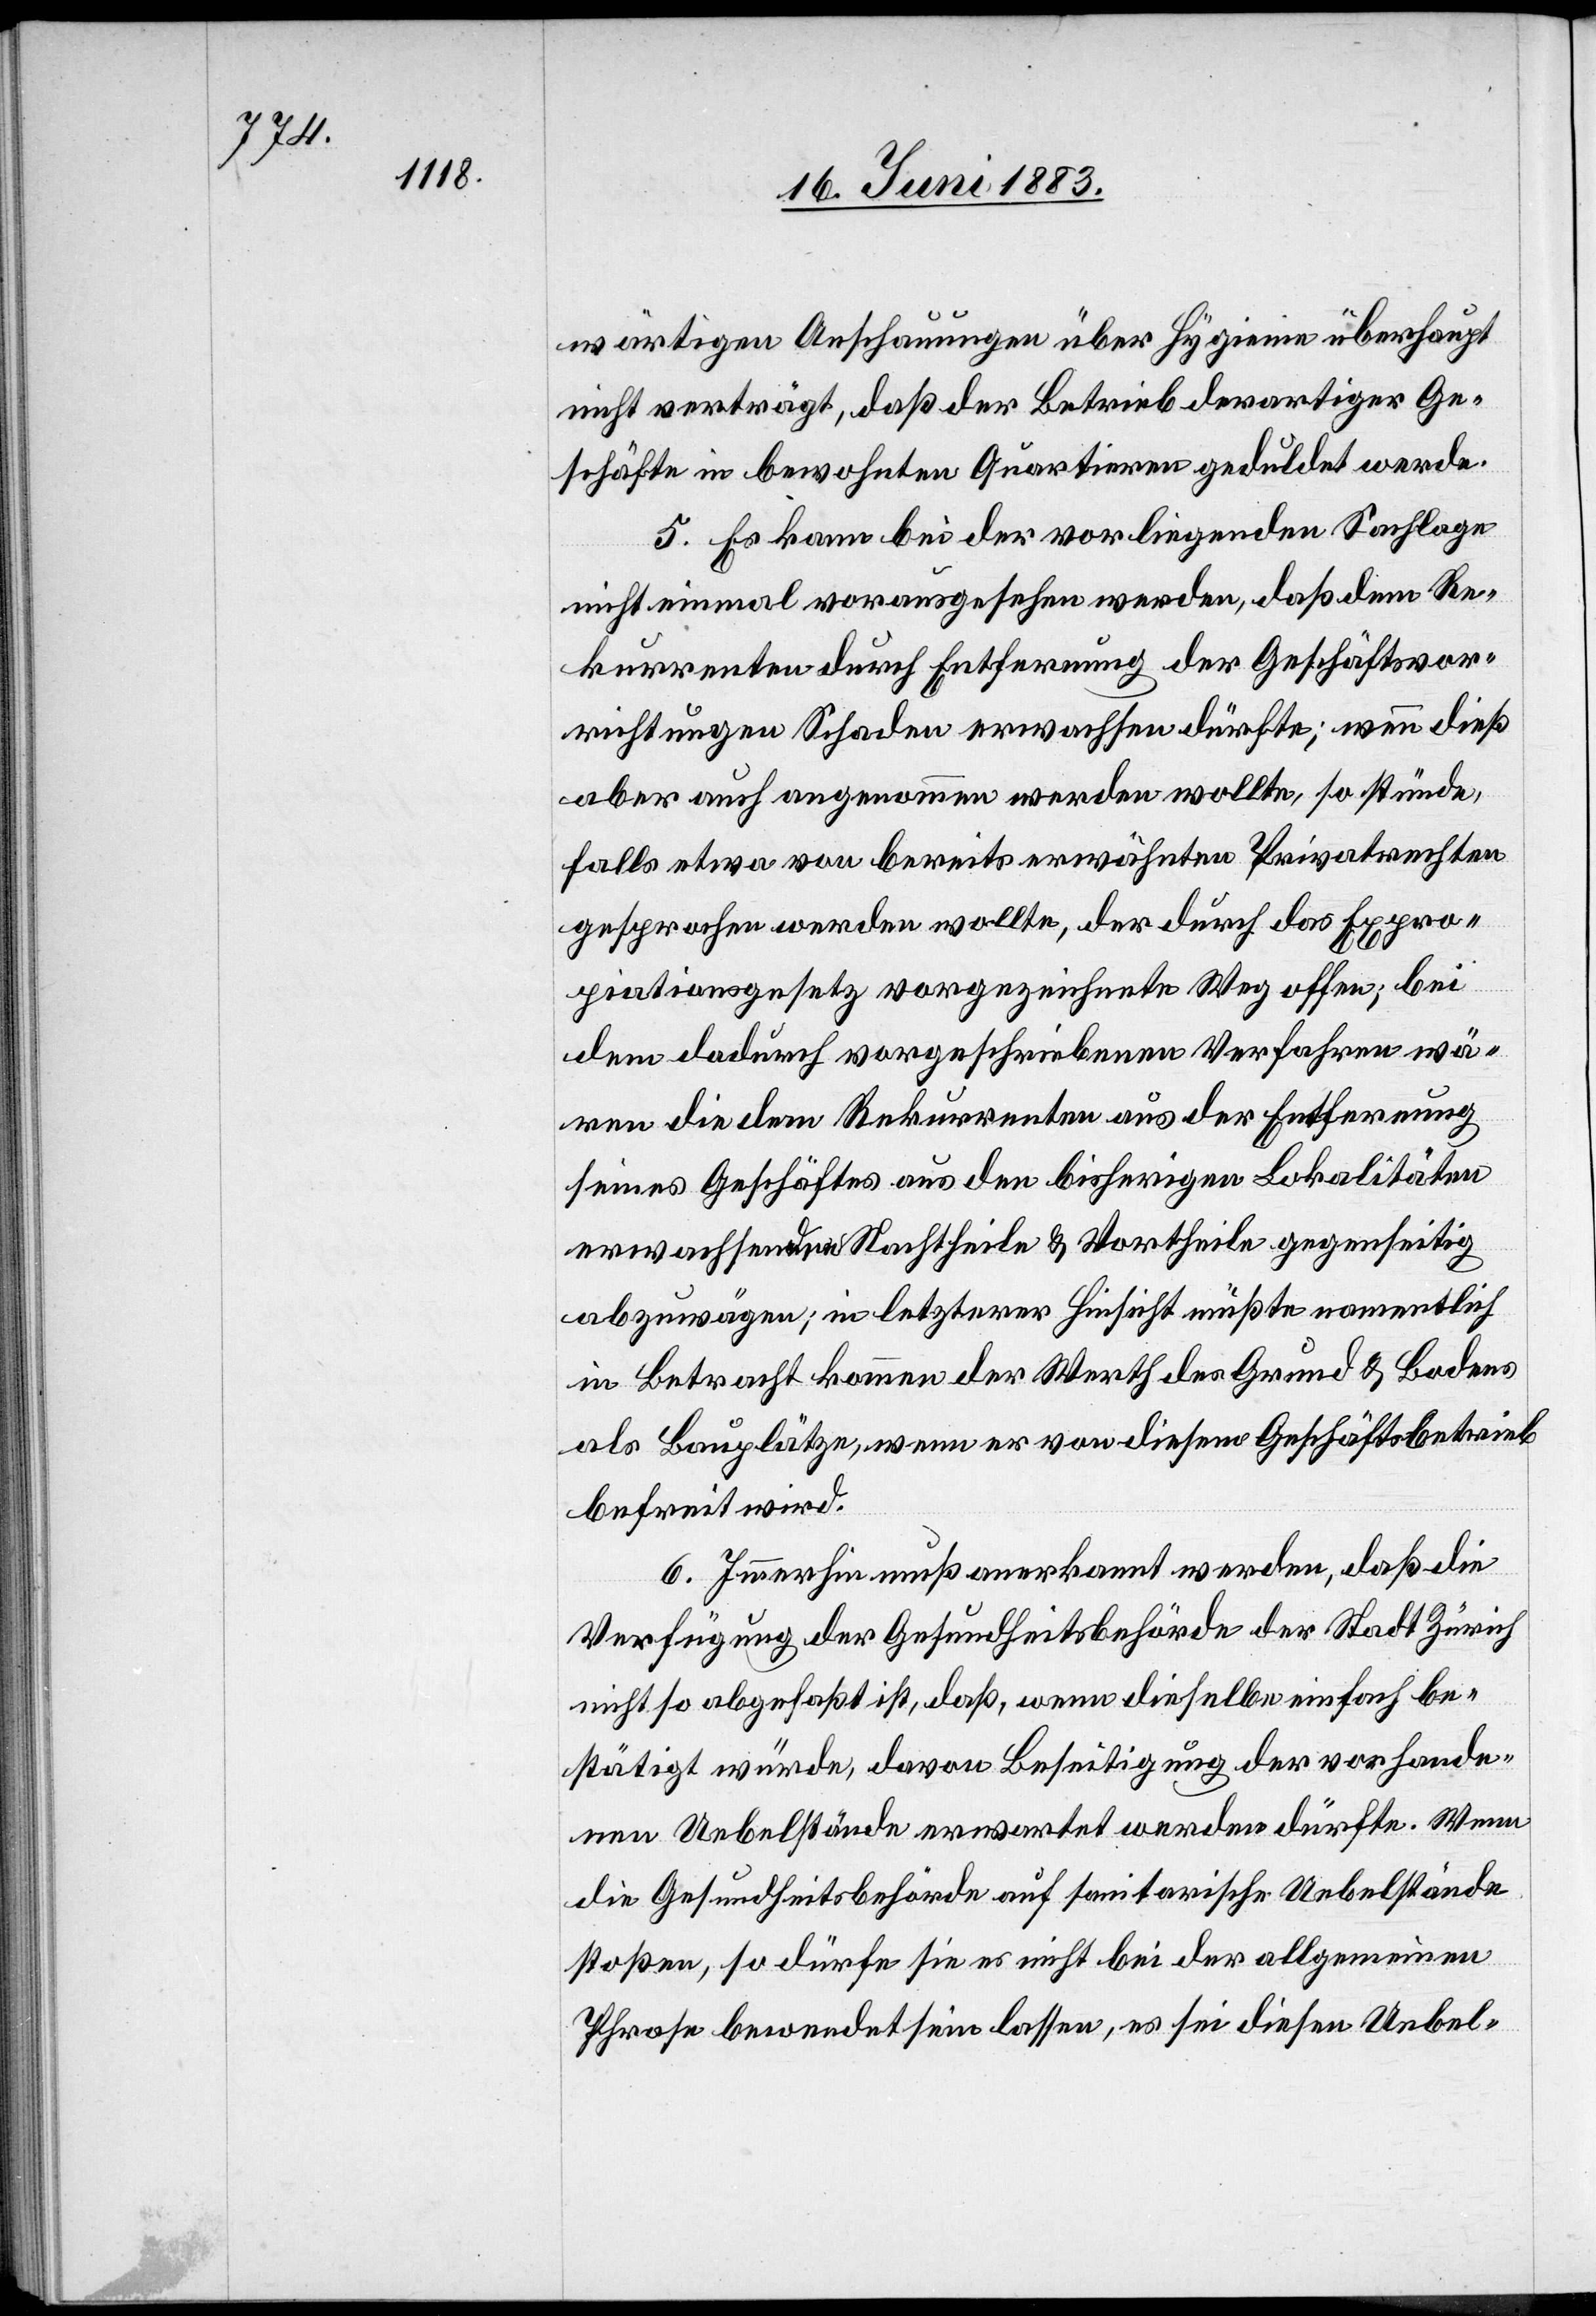
wärtigen Anschauungen über Hygiene überhaupt
nicht verträgt, daß der Betrieb derartiger Ge¬
schäfte in bewohnten Quariren geduldet werde.
5. Es kann bei der vorliegenden Sachlage
nicht einmal vorausgesehen werden, daß dem Re¬
kurrenten durch Entfernung der Geschäftsvor¬
richtungen Schaden erwachsen dürfte; wenn dieß
aber auch angenommen werden wollte, so stünde,
falls etwa von bereits erwähnten Privatrechten
gesprochen werden wollte, der durch das Expro¬
priationsgesetz vorgezeichnete Weg offen; bei
dem dadurch vorgeschriebenen Verfahren wä¬
ren die dem Rekurrenten aus der Entfernung
seines Geschäftes aus den bisherigen Lokalitäten
erwachsenden Nachtheile & Vortheile gegenseitig
abzuwägen; in letzterer Hinsicht müßte namentlich
in Betracht kommen der Werth des Grund & Bodens
als Bauplätze, wenn er von diesem Geschäftsbetrieb
befreit wird.
6. Immerhin muß anerkannt werden, daß die
Verfügung der Gesundheitsbehörde der Stadt Zürich
nicht so abgefaßt ist, daß, wenn dieselbe einfach be¬
stätigt würde, davon Beseitigung der vorhande¬
nen Uebelstände erwartet werden dürfte. Wenn
die Gesundheitsbehörde auf sanitarische Uebelstände
stoßen, so dürfe sie es nicht bei der allgemeinen
Phrase bewendet sein lassen, es sei diesen Uebel-